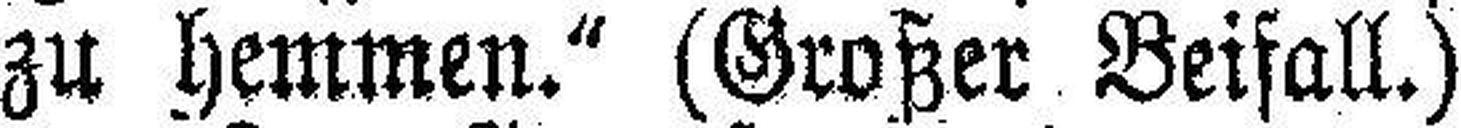
zu hemmen.“ (Großer Beifall.)